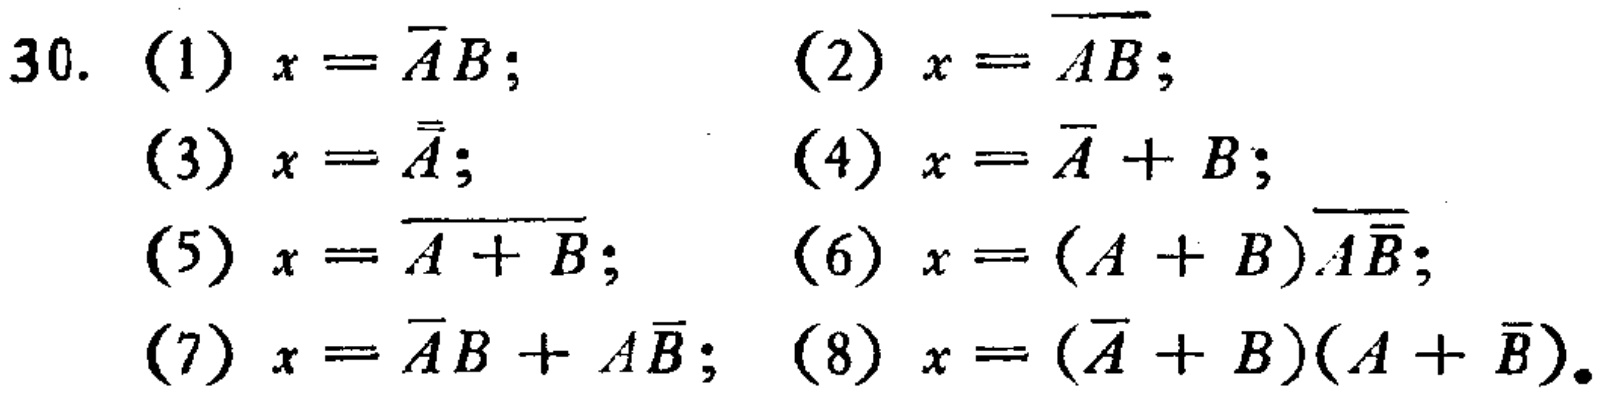
30. (1) \(x = \overline{A}B\); (2) \(x = \overline{AB}\);
(3) \(x = \overline{\overline{A}}\); (4) \(x = \overline{A}+B\);
(5) \(x = \overline{A + B}\); (6) \(x=(A + B)\overline{A\overline{B}}\);
(7) \(x=\overline{A}B + A\overline{B}\); (8) \(x = (\overline{A}+B)(A+\overline{B})\).